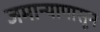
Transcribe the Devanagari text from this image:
जमान्यापासून